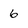
Character: 6